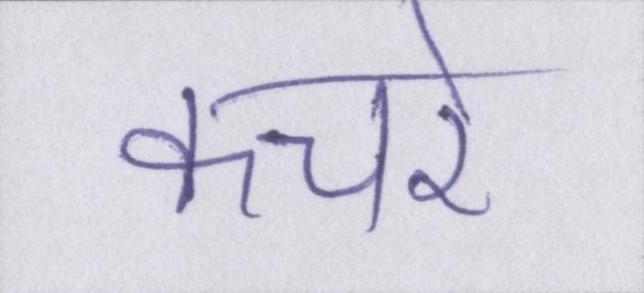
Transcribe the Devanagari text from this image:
कचरे